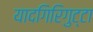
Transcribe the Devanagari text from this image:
यादगिरिगुट्टा